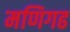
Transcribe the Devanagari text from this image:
मणिगढ